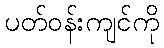
ပတ်ဝန်းကျင်ကို